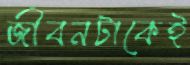
জীবনটাকেই